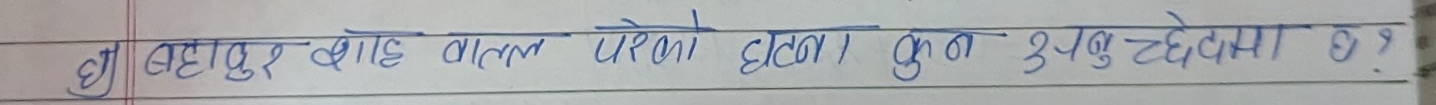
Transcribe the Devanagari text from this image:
१) बहादुर शाह चालन परेको घटना कुन उपत्यकामा छ ?